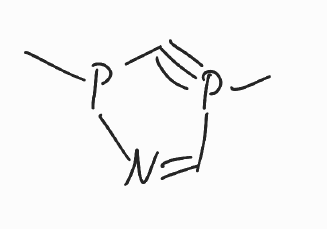
Simplified molecular-input line-entry system (SMILES) notation of the given molecule:
CP1#CP(N=C1)C